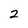
Character: 2